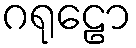
ဂရုဠော